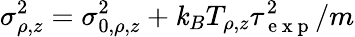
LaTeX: \sigma_{\rho,z}^{2}=\sigma_{0,\rho,z}^{2}+\mathit{k}_{B}T_{\rho,z}\tau_{\mathrm{{~e~x~p~}}}^{2}/m